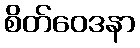
စိတ်ဝေဒနာ